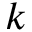
k